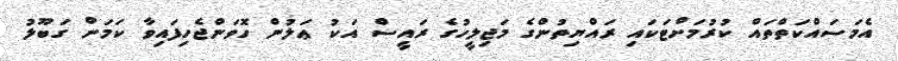
އެމަސައްކަތްތައް ކުރުމަށްޓަކައި ރައްޔިތުންގެ މަޖިލީހުގެ ރައީސް އަކު ޢަލުން ހޮވަންޖެހިފައިވާ ކަމަށް ގަބޫލު